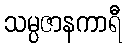
သမ္ပဇာနကာရီ